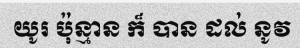
យូរ ប៉ុន្មាន ក៏ បាន ដល់ នូវ